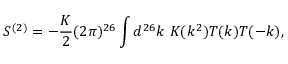
S ^ { ( 2 ) } = - \frac { \cal K } { 2 } ( 2 \pi ) ^ { 2 6 } \int d ^ { 2 6 } k ~ K ( k ^ { 2 } ) T ( k ) T ( - k ) ,